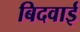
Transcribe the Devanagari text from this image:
बिदवाई